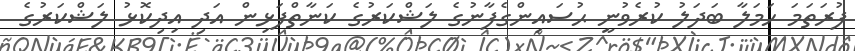
ފުރަތަމަ ހަމަލާ ބަދަލު ކުރެވުނީ ޙުސައިންގެފާނުގެ ލަޝްކަރުގެ ކަނާތްފަޅިން އަދި އިދިކޮޅު ލަޝްކަރުގެ